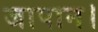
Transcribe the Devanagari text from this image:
जापान।